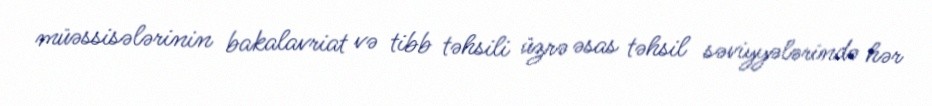
müəssisələrinin bakalavriat və tibb təhsili üzrə əsas təhsil səviyyələrində hər